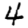
Digit: 4